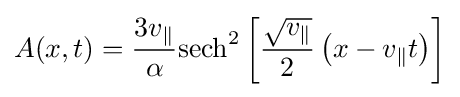
A(x,t)={\frac {3v_{\parallel }}{\alpha }}\mathrm {sech} ^{2}\left[{\frac {\sqrt {v_{\parallel }}}{2}}\left(x-v_{\parallel }t\right)\right]\,\!